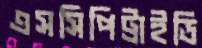
এসসিপিট্রাইডি